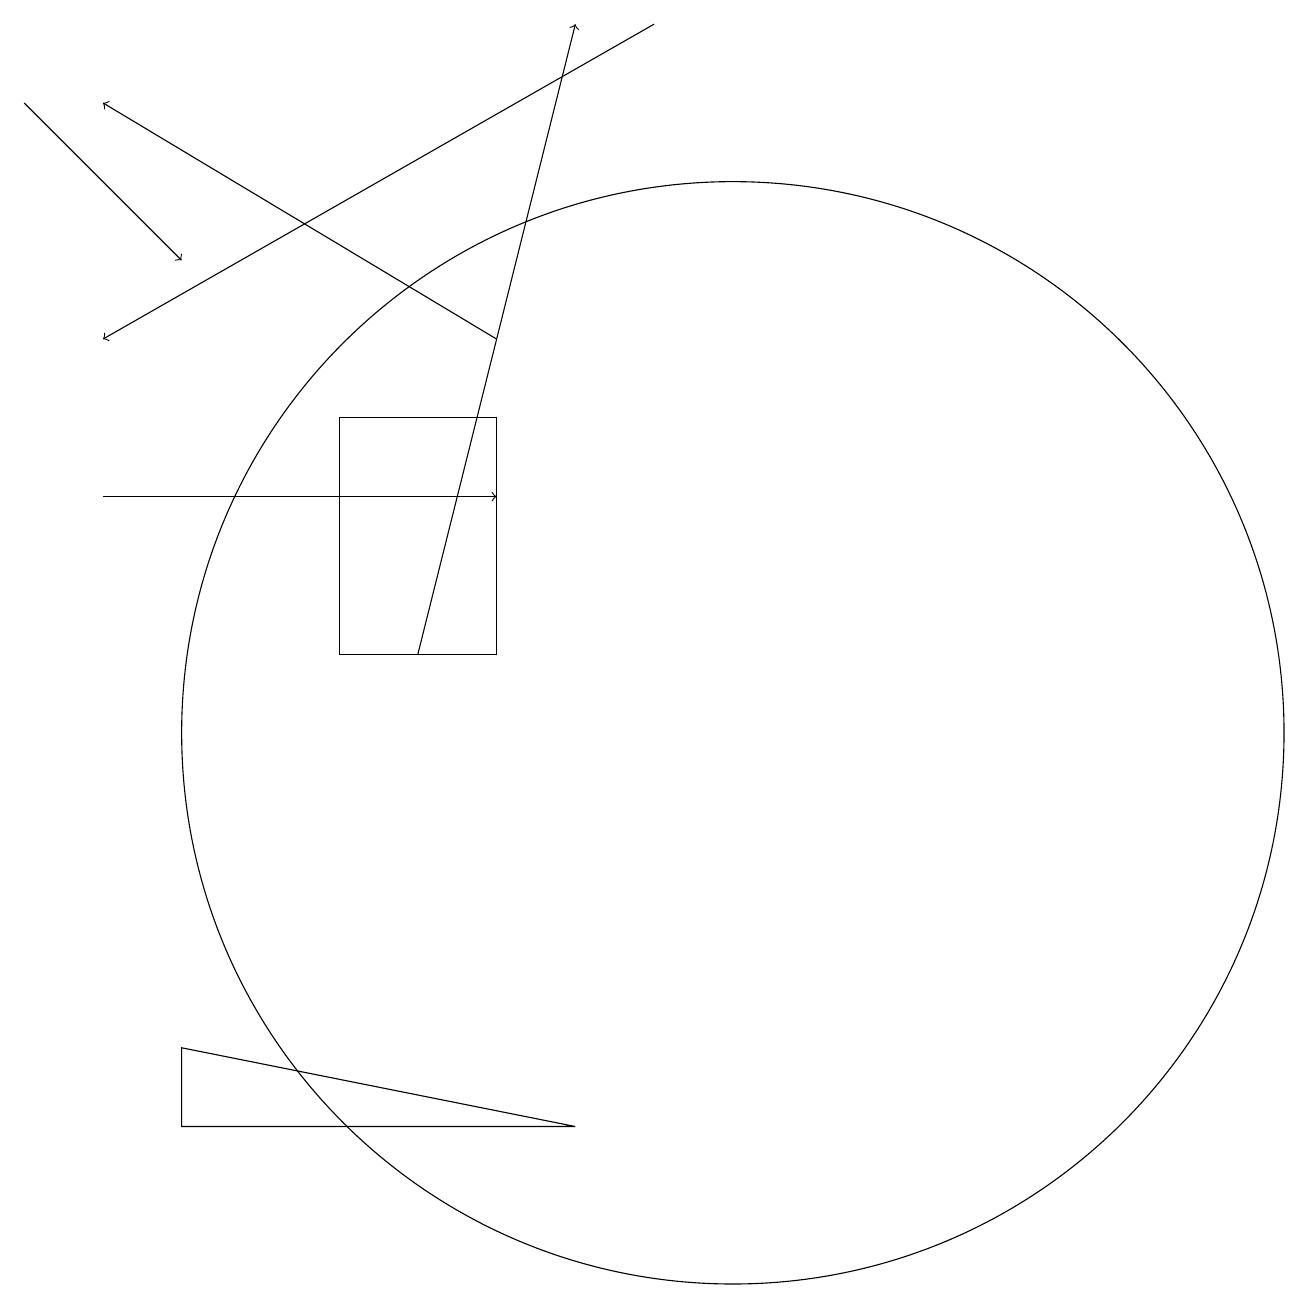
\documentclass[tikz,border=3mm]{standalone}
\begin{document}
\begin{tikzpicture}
\draw[->] (2,13) -- (7,13);
\draw[->] (9,19) -- (2,15);
\draw[->] (7,15) -- (2,18);
\draw (5,14) rectangle (7,11);
\draw (10,10) circle (7);
\draw[->] (1,18) -- (3,16);
\draw[->] (6,11) -- (8,19);
\draw (3,6) -- (3,5) -- (8,5) -- cycle;
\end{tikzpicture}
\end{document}